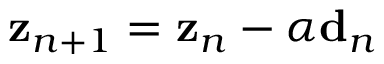
{ \bf z } _ { n + 1 } = { \bf z } _ { n } - \alpha { \bf d } _ { n }